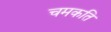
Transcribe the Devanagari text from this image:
चमकति